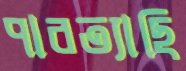
পারত্যাছি